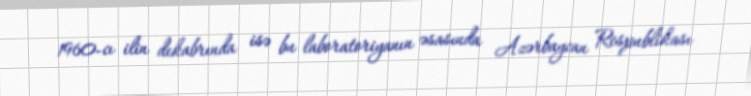
1960-cı ilin dekabrında isə bu laboratoriyanın əsasında Azərbaycan Respublikası